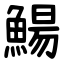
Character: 鰑